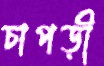
চাপড়ী